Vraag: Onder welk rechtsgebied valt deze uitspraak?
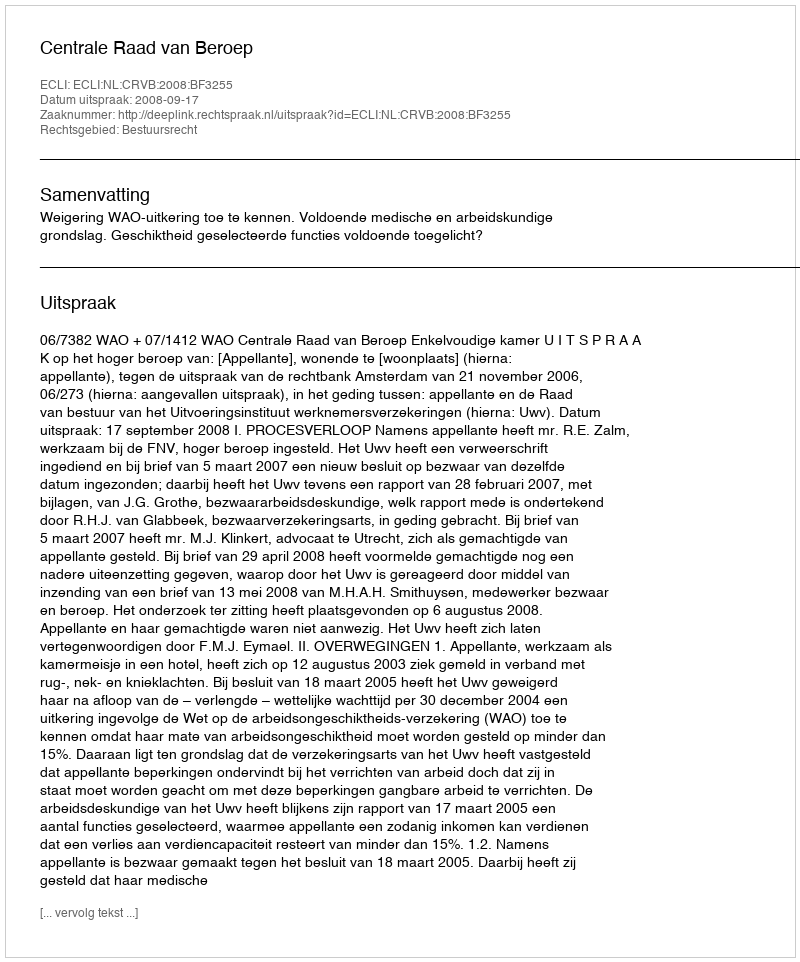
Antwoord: Bestuursrecht